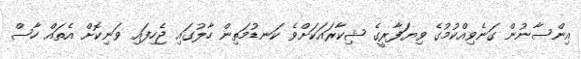
އިންސާނުން ގަނެވިއްކުމުގެ ވިޔަފާރީގެ ޝިކާރައަކަށްވެ ކަނޑުމަތިން ހާލުގައި ޖެހިފައި ވަނިކޮށް އެތައް ހާސް